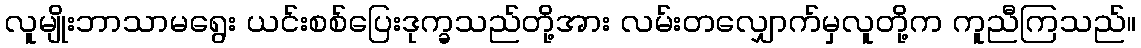
လူမျိုးဘာသာမရွေး ယင်းစစ်ပြေးဒုက္ခသည်တို့အား လမ်းတလျှောက်မှလူတို့က ကူညီကြသည်။